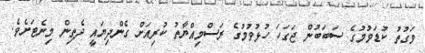
ވަގުތު ކުޑަވުމުގެ ސަބަބުން ޖަގަހަ ހުޅުވުމުގެ ރަސްމިއްޔާތު ކުރިއަށް ގެންދިޔައީ ދެތިން މިނެޓަށެވެ.